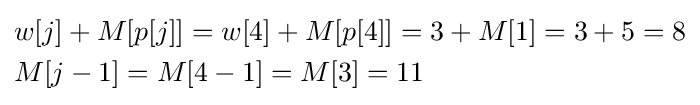
{\begin{aligned}&w[j]+M[p[j]]=w[4]+M[p[4]]=3+M[1]=3+5=8\\&M[j-1]=M[4-1]=M[3]=11\\\end{aligned}}